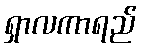
ရှာလကာရည်